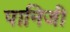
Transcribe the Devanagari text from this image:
पानिजी